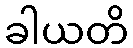
ခါယတိ